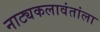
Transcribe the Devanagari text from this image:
नाट्यकलावंतांला